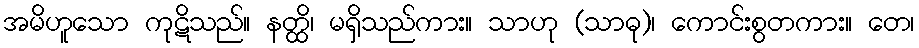
အမိဟူသော ကုဋိသည်။ နတ္ထိ၊ မရှိသည်ကား။ သာဟု (သာဓု)၊ ကောင်းစွတကား။ တေ၊